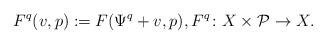
LaTeX: \begin{align*} F^q(v,p) := F(\Psi^q + v, p),F^q\colon X\times\mathcal P\to X.\end{align*}